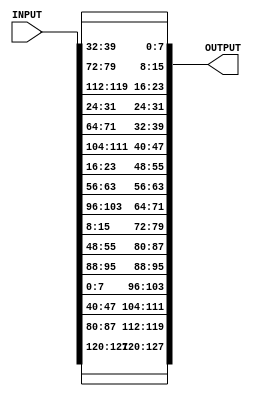
module Shift_Rows(
    input [0:127] INPUT,
    output [0:127] OUTPUT
    );

wire [7:0] W0, W1, W2, W3, W4, W5, W6, W7, W8, W9, W10, W11, W12, W13, W14, W15;

assign W0 = INPUT[0:7];
assign W1 = INPUT[8:15];
assign W2 = INPUT[16:23];
assign W3 = INPUT[24:31];

assign W4 = INPUT[32:39];
assign W5 = INPUT[40:47];
assign W6 = INPUT[48:55];
assign W7 = INPUT[56:63];

assign W8 = INPUT[64:71];
assign W9 = INPUT[72:79];
assign W10 = INPUT[80:87];
assign W11 = INPUT[88:95];

assign W12 = INPUT[96:103];
assign W13 = INPUT[104:111];
assign W14 = INPUT[112:119];
assign W15 = INPUT[120:127];

assign OUTPUT = {W0,W5,W10,W15,W4,W9,W14,W3,W8,W13,W2,W7,W12,W1,W6,W11};

endmodule